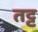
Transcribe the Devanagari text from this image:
तट्ट